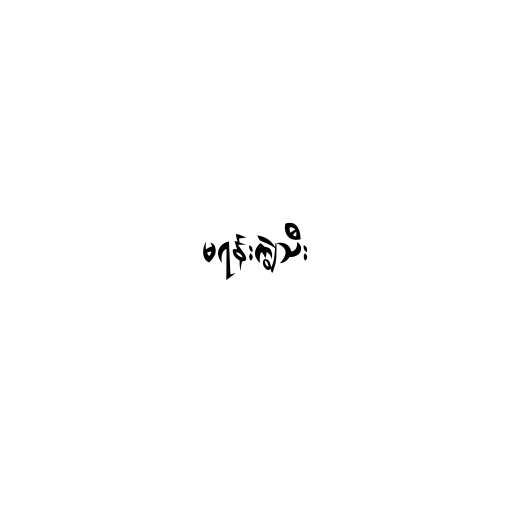
မရန်းကျွဲသီး